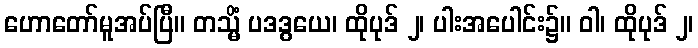
ဟောတော်မူအပ်ပြီ။ တသ္မိံ ပဒဒွယေ၊ ထိုပုဒ် ၂၊ ပါးအပေါင်း၌။ ဝါ၊ ထိုပုဒ် ၂၊